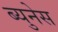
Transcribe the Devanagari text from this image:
ब्युनेस